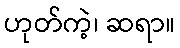
ဟုတ်ကဲ့၊ ဆရာ။